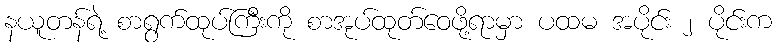
နယူတန်ရဲ့ စာရွက်ထုပ်ကြီးကို စာအုပ်ထုတ်ဝေဖို့ရာမှာ ပထမ အပိုင်း ၂ ပိုင်းက